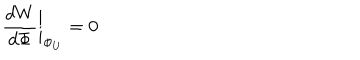
LaTeX: { \frac { d W } { d \Phi } } \bigg | _ { \Phi _ { U } } = 0